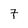
Character: 7